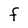
Character: F